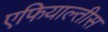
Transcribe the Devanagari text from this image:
एफियाल्तीस